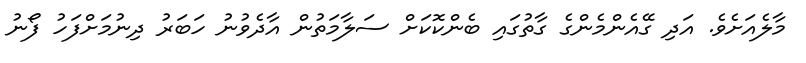
މާލެއަށެވެ. އަދި ގޭއެންމެންގެ ގާތުގައި ބެންކޮކަށް ސަލާމަތުން އާދެވުނު ހަބަރު ދިނުމަށްފަހު ފޯނު